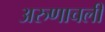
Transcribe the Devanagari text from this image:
अरुणाचली